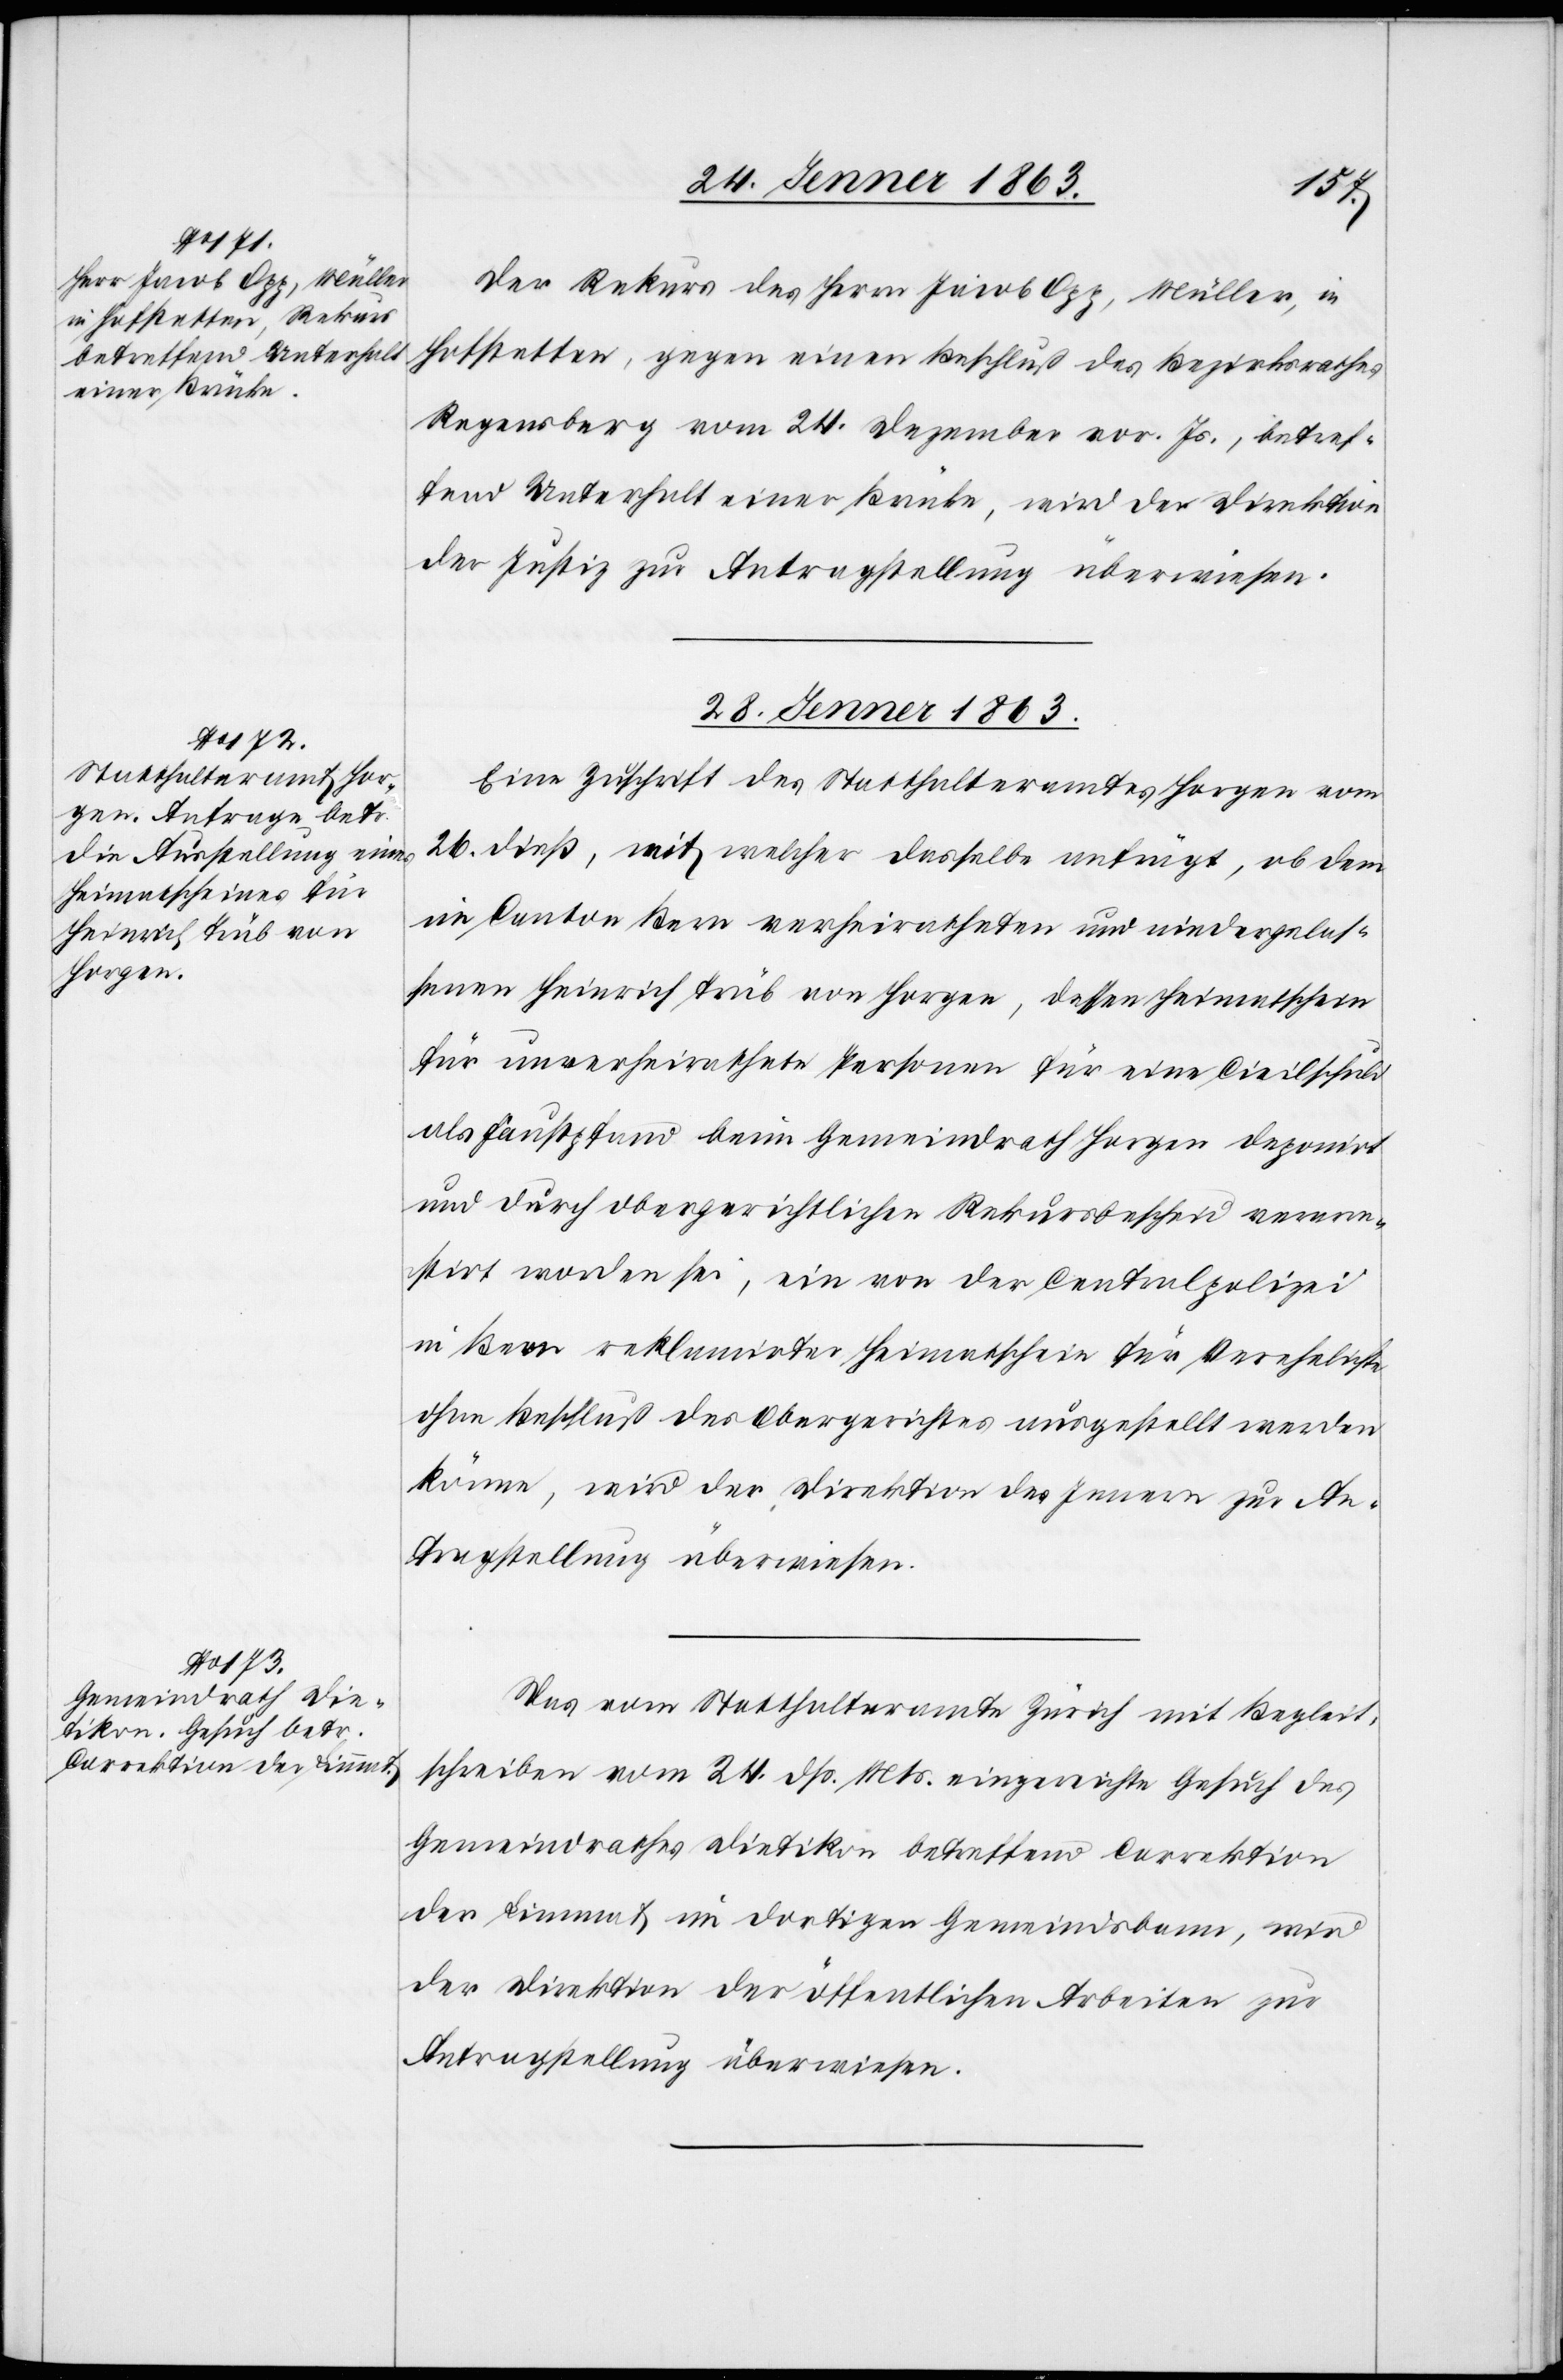
27. Jenner 1863.]
Der Rekurs des Herrn Jacob Opp, Müller, in
Hofstetten, gegen einen Beschluß des Bezirksrathes
Regensberg vom 24. Dezember vor. Js., betref¬
fend Unterhalt einer Brücke, wird der Direktion
der Justiz zur Antragstellung überwiesen.
28. Jenner 1863.]
Eine Zuschrift des Statthalteramtes Horgen vom
26. dieß, mit welcher dasselbe anträgt, ob dem
im Canton Bern verheiratheten und niedergelas¬
senen Heinrich Trüb von Horgen, dessen Heimatschein
für unverheirathete Personen für eine Civilschuld
als Faustpfand beim Gemeindrath Horgen deponirt
und durch obergerichtlichen Rekursbescheid verarre¬
stirt worden sei, ein von der Centralpolizei
in Bern reklamirter Heimatschein für Verehelichte
ohne Beschluß des Obergerichtes ausgestellt werden
könne, wird der Direktion des Innern zur An¬
tragstellung überwiesen.
Das vom Statthalteramte Zürich mit Begleit¬
schreiben vom 24. dß. Mts. eingereichte Gesuch des
Gemeindrathes Dietikon betreffend Correktion
der Limmat im dortigen Gemeindsbann, wird
der Direktion der öffentlichen Arbeiten zur
Antragstellung überwiesen.